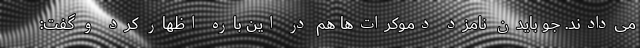
می‌دادند. جو بایدن نامزد دموکرات‌ها هم در این باره اظهار کرد و گفت: